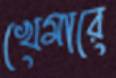
খেমারে